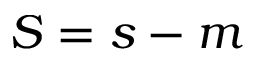
S = s - m